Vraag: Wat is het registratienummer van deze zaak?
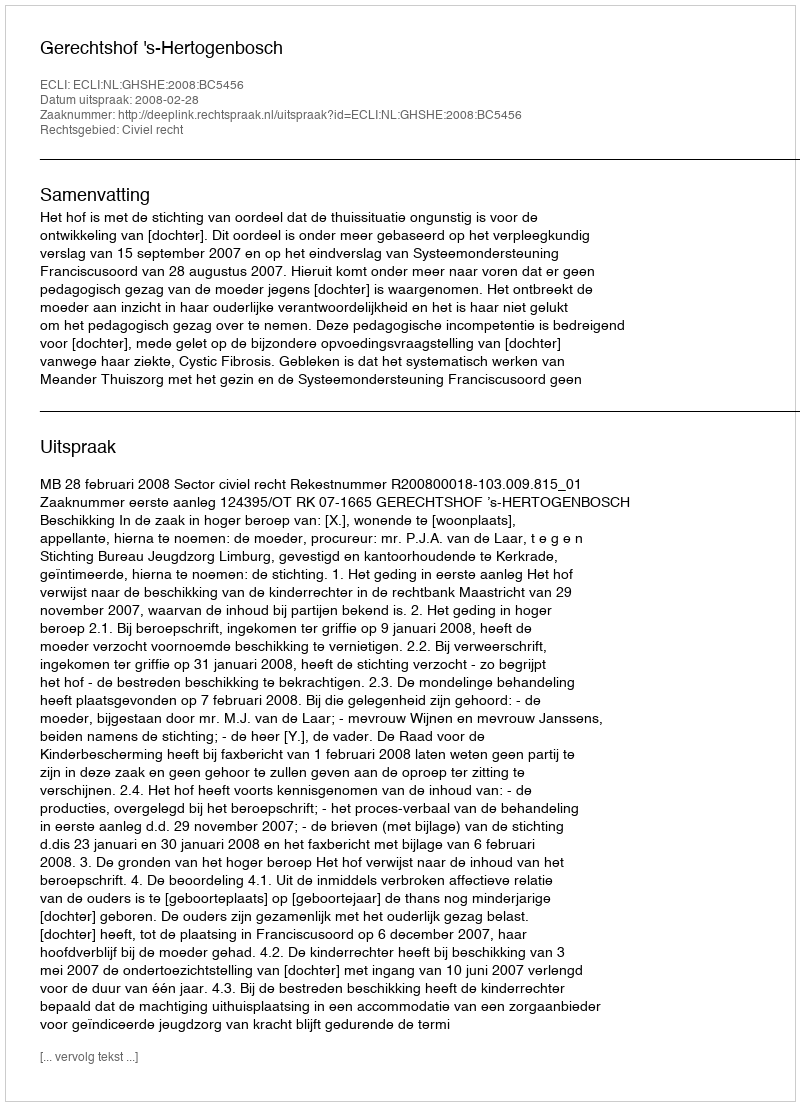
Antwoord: http://deeplink.rechtspraak.nl/uitspraak?id=ECLI:NL:GHSHE:2008:BC5456